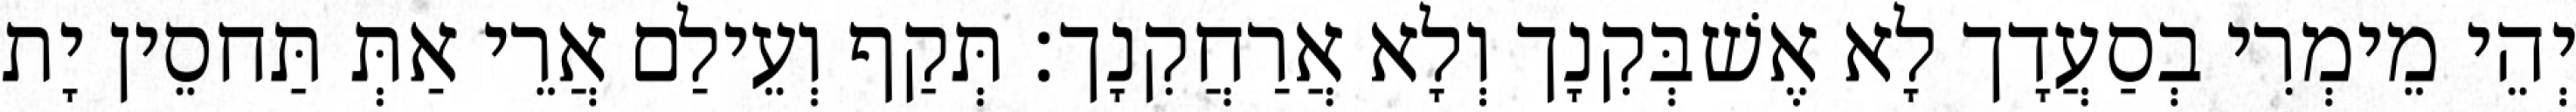
יְהֵי מֵימְרִי בְסַעֲדָך לָא אֶשׁבְּקִנָך וְלָא אֲרַחֲקִנָך׃ תְּקַף וְעֵילַם אֲרֵי אַתְּ תַּחסֵין יָת